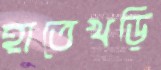
হাতেখড়ি